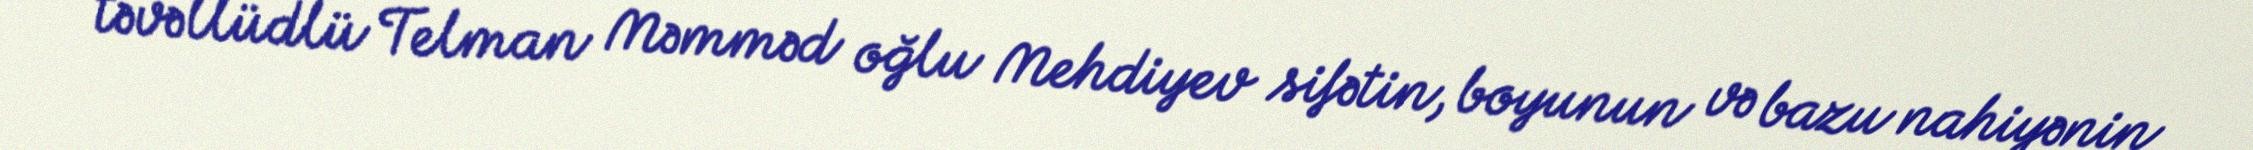
təvəllüdlü Telman Məmməd oğlu Mehdiyev sifətin, boyunun və bazu nahiyənin